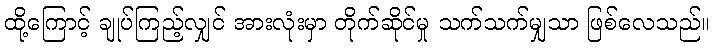
ထို့ကြောင့် ချုပ်ကြည့်လျှင် အားလုံးမှာ တိုက်ဆိုင်မှု သက်သက်မျှသာ ဖြစ်လေသည်။